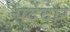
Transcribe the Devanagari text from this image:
पर्देदार